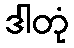
ဒါတုံ